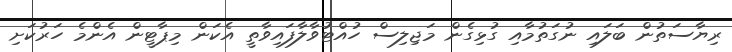
ރިޔާސަތުން ބަލައި ނުގަތުމާއި ގުޅިގެން މަޖިލިސް ހުއްޓުވާލާފައިވާތީ އެކަން މިޕާޓީން އެންމެ ހަރުކަށި